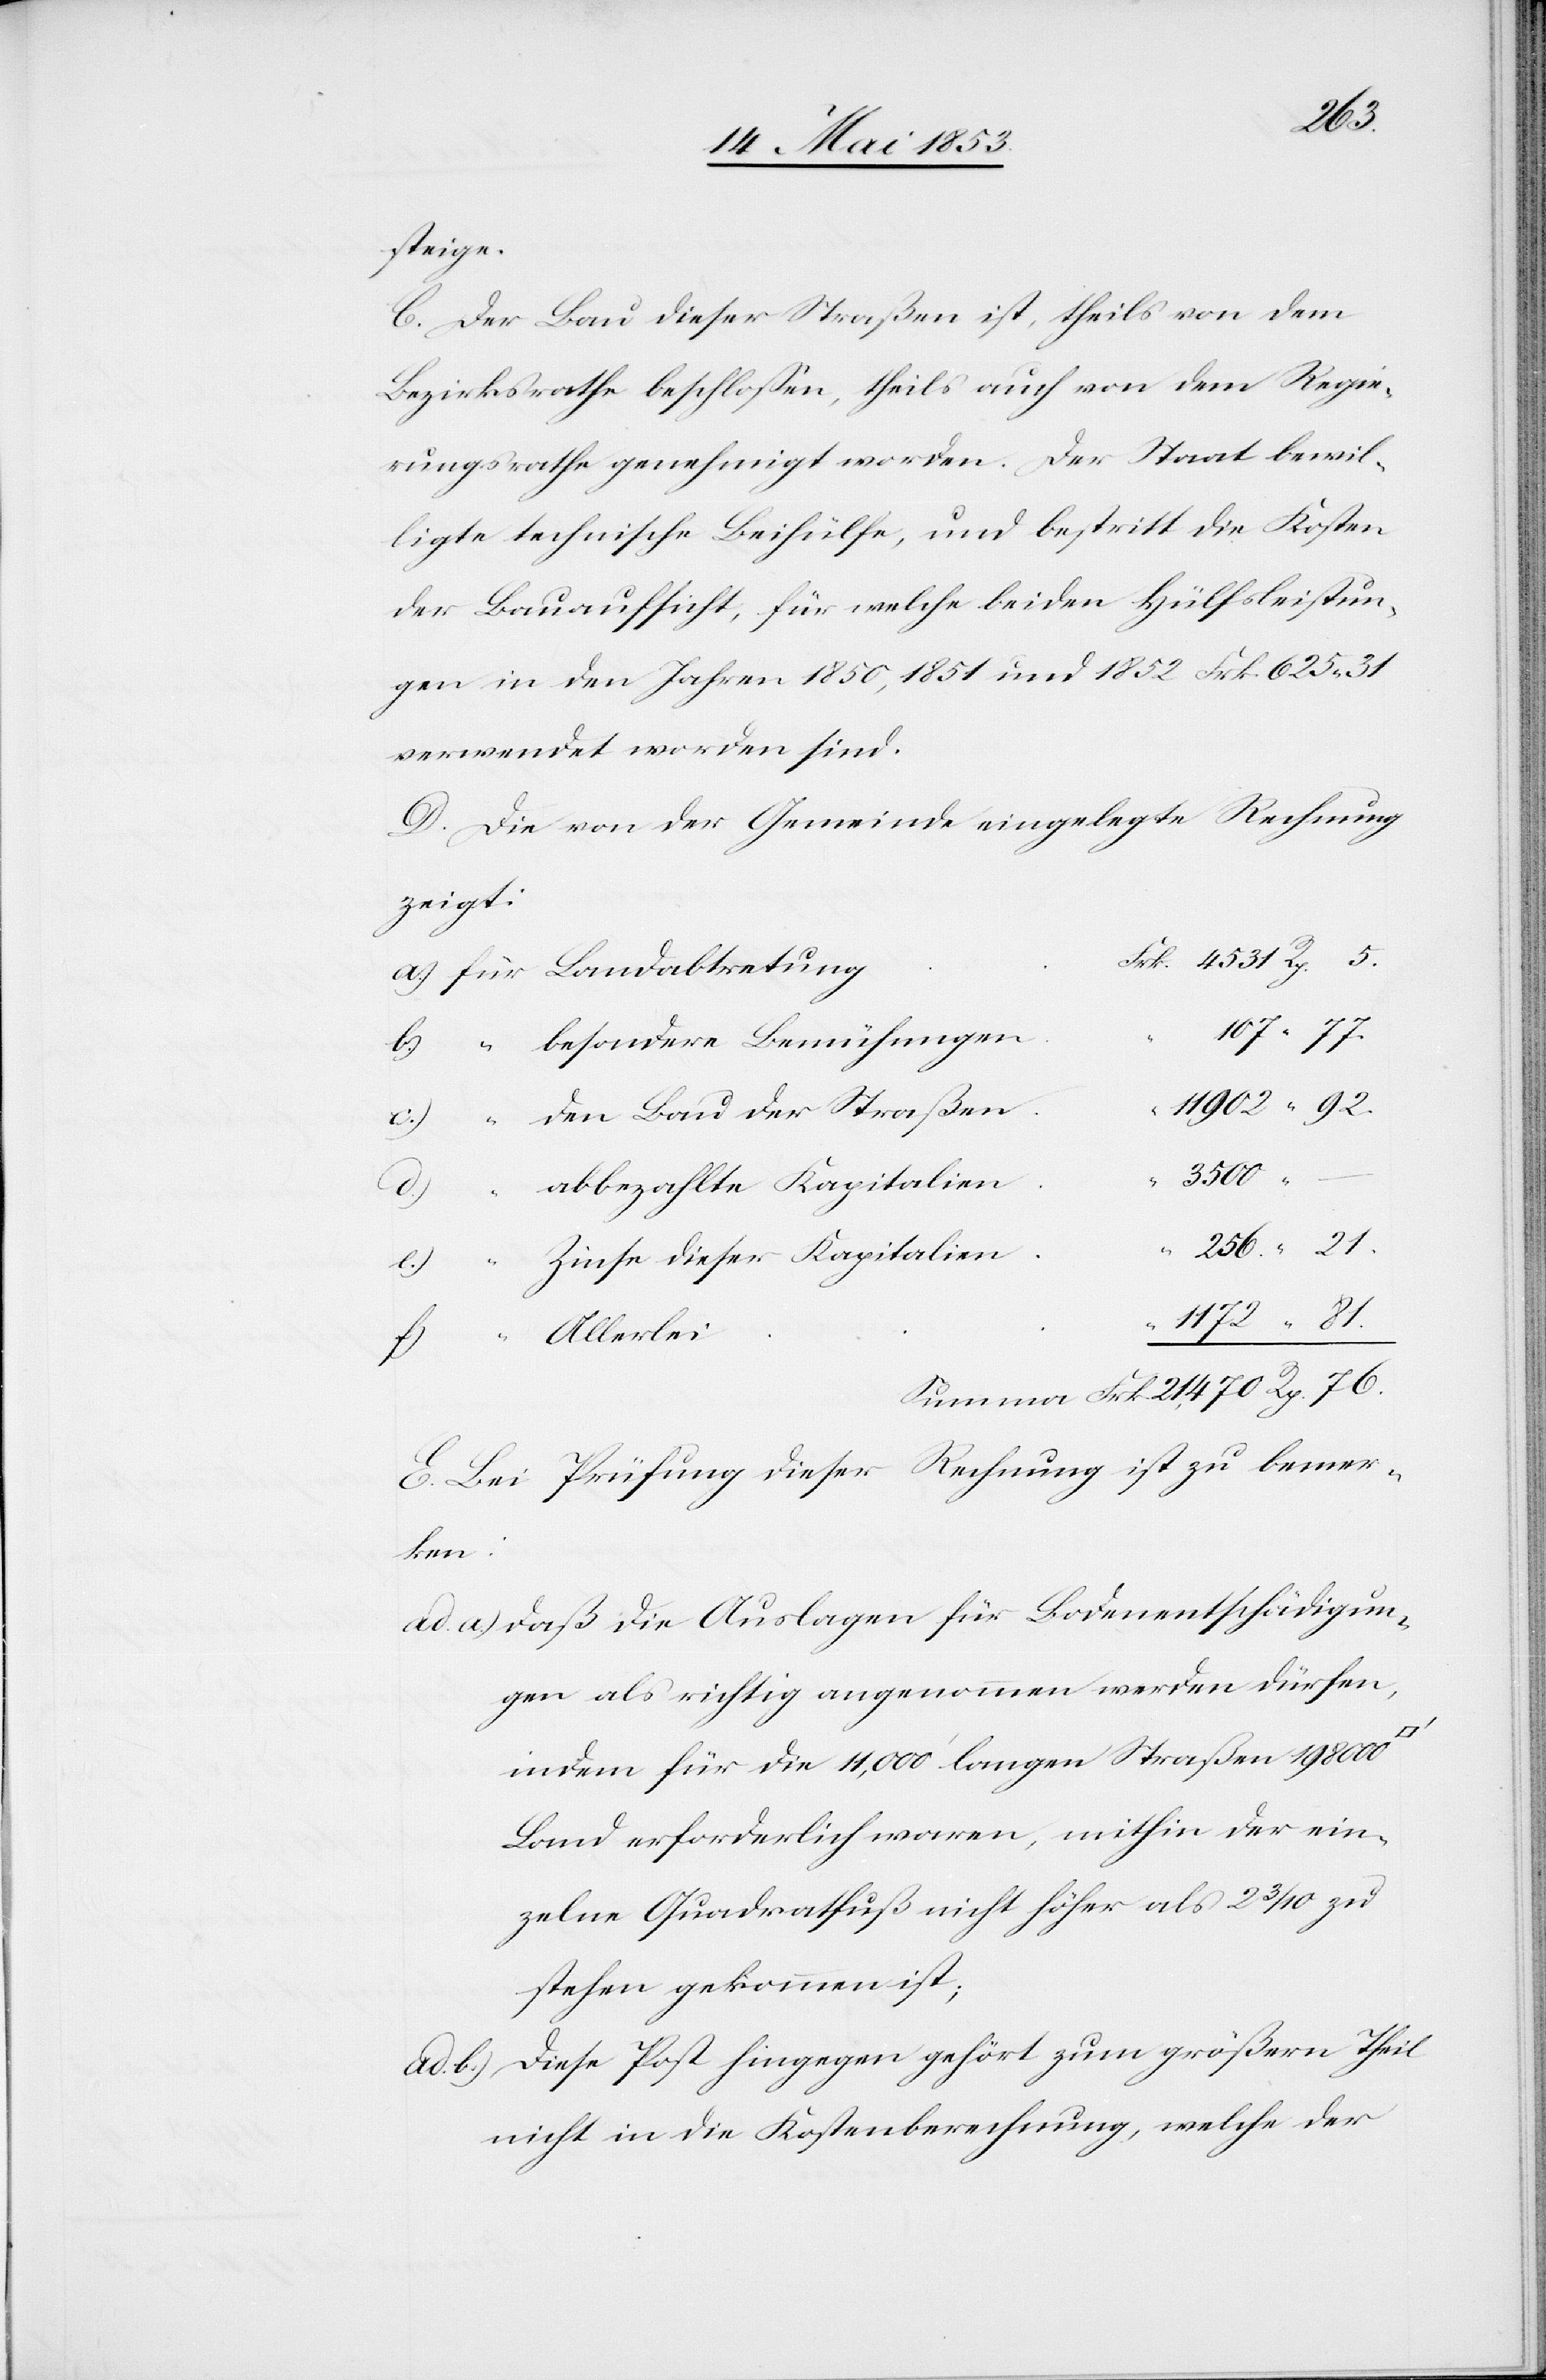
4531
steige.
C. Der Bau dieser Straßen ist, theils von dem
Bezirksrathe beschloßen, theils auch von dem Regie¬
rungsrathe genehmigt worden. Der Staat bewil¬
ligte technische Beihülfe, und bestritt die Kosten
der Bauaufsicht, für welche beiden Hülfsbestimmun¬
gen in den Jahren 1850, 1851 und 1852 Frk. 625,31
verwendet worden sind.
D. Die von der Gemeinde eingelegte Rechnung
zeigt:
3500	–
Summa Frk. 21,470 Rp. 76.
E. Bei Prüfung dieser Rechnung ist zu bemer¬
ken:
ad a) daß die Auslagen für Bodenentschädigun¬
gen als richtig angenommen werden dürfen,
indem für die 11, 000’ langen Straßen 198000
Land erforderlich waren, mithin der ein¬
zelne Quadratfuß nicht höher als 2 3/10 zu
stehen gekommen ist;
Diese Post hingegen gehört zum größern Theil
ad b)
nicht in die Kostenberechnung, welche der